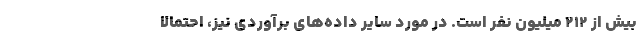
بیش از ۲۱۲ میلیون نفر است. در مورد سایر داده‌های برآوردی نیز، احتمالاً